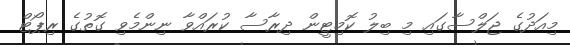
މިއަދުގެ ޖަލްސާގައި މި ބިލު ކޮމިޓީން ދިރާސާ ކުރައްވާ ނިންމެވި ގޮތުގެ ރިޕޯޓް